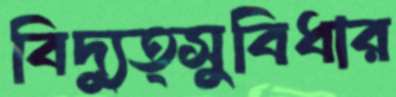
বিদ্যুত্সুবিধার